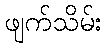
ဖျက်သိမ်း